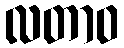
လတာဝ